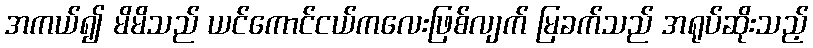
အကယ်၍ မိမိသည် ယင်ကောင်ငယ်ကလေးဖြစ်လျက် မြခက်သည် အရုပ်ဆိုးသည့်